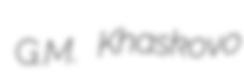
G.M. Khaskovo